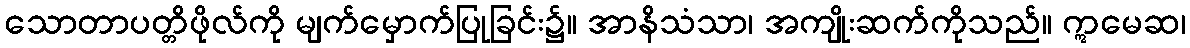
သောတာပတ္တိဖိုလ်ကို မျက်မှောက်ပြုခြင်း၌။ အာနိသံသာ၊ အကျိုးဆက်ကိုသည်။ ဣမေဆ၊